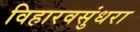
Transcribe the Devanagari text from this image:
विहारवसुंधरा